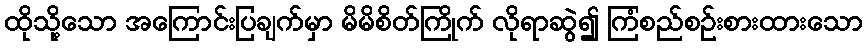
ထိုသို့သော အကြောင်းပြချက်မှာ မိမိစိတ်ကြိုက် လိုရာဆွဲ၍ ကြံစည်စဉ်းစားထားသော